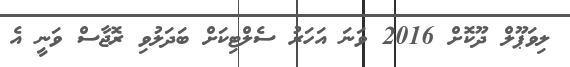
ލިވަޕޫލް ދޫކޮށް 2016 ވަނަ އަހަރު ސެލްޓިކަށް ބަދަލުވި ރޮޖާސް ވަނީ އެ